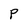
Character: p